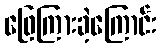
ဖြေကြားခဲ့ကြောင်း